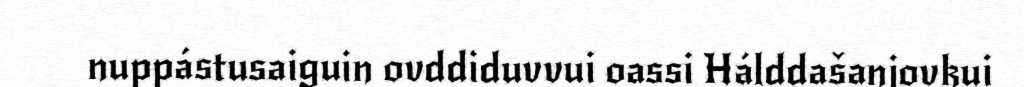
nuppástusaiguin ovddiduvvui oassi Hálddašanjovkui